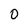
Character: 0